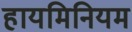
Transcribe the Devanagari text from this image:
हायमिनियम